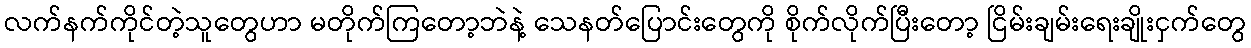
လက်နက်ကိုင်တဲ့သူတွေဟာ မတိုက်ကြတော့ဘဲနဲ့ သေနတ်ပြောင်းတွေကို စိုက်လိုက်ပြီးတော့ ငြိမ်းချမ်းရေးချိုးငှက်တွေ